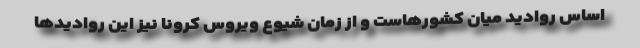
اساس روادید میان کشورهاست و از زمان شیوع ویروس کرونا نیز این روادیدها